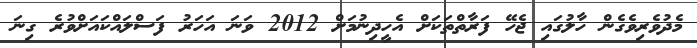
މެދުވެރިވެގެން ހާލުގައި ޖެހޭ ފަރާތްތަކަށް އެހީދިނުމަށް 2012 ވަނަ އަހަރު ފަސްލައްކައަށްވުރެ ގިނަ